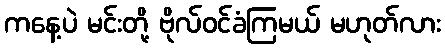
ကနေ့ပဲ မင်းတို့ ဗိုလ်ဝင်ခံကြမယ် မဟုတ်လား